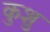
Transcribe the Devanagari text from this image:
कुशु